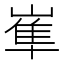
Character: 𡺾